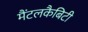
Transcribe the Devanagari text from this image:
मैंटलकैबिटी